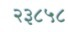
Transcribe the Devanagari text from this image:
२३८५८